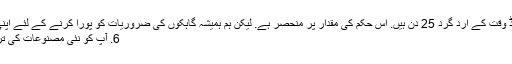
عام طور پر، پیداوار لیڈ وقت کے ارد گرد 25 دن ہیں. اس حکم کی مقدار پر منحصر ہے. لیکن ہم ہمیشہ گاہکوں کی ضروریات کو پورا کرنے کے لئے اپنی پوری کوشش کروں.
6. آپ کو نئی مصنوعات کی ترقی کی صلاحیت ہے؟